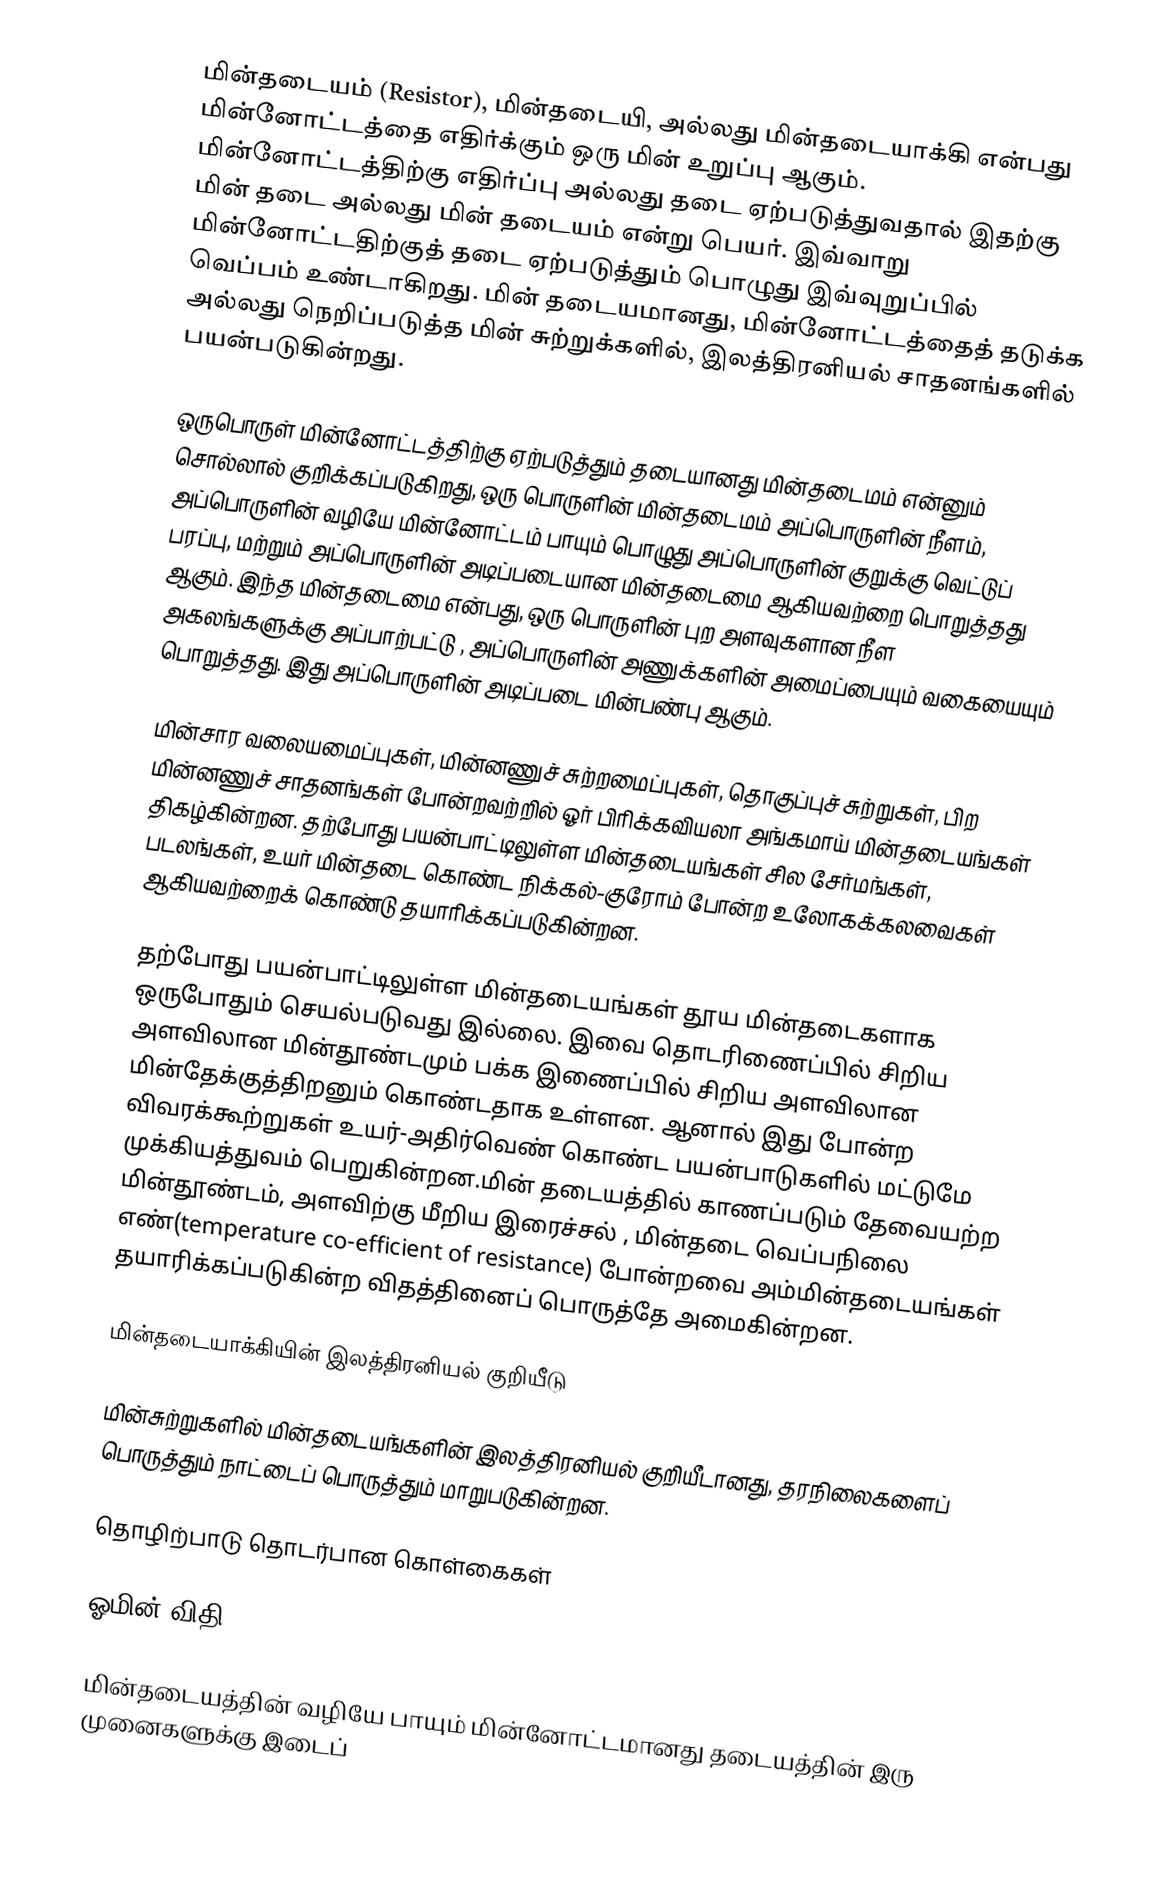
மின்தடையம் (Resistor), மின்தடையி,  அல்லது மின்தடையாக்கி என்பது மின்னோட்டத்தை எதிர்க்கும் ஒரு மின் உறுப்பு ஆகும். மின்னோட்டத்திற்கு எதிர்ப்பு அல்லது தடை ஏற்படுத்துவதால் இதற்கு மின் தடை அல்லது மின் தடையம் என்று பெயர். இவ்வாறு மின்னோட்டதிற்குத் தடை ஏற்படுத்தும் பொழுது இவ்வுறுப்பில் வெப்பம் உண்டாகிறது. மின் தடையமானது, மின்னோட்டத்தைத் தடுக்க அல்லது நெறிப்படுத்த மின் சுற்றுக்களில், இலத்திரனியல் சாதனங்களில் பயன்படுகின்றது.

ஒருபொருள் மின்னோட்டத்திற்கு ஏற்படுத்தும் தடையானது மின்தடைமம் என்னும் சொல்லால் குறிக்கப்படுகிறது, ஒரு பொருளின் மின்தடைமம் அப்பொருளின் நீளம், அப்பொருளின் வழியே மின்னோட்டம் பாயும் பொழுது அப்பொருளின் குறுக்கு வெட்டுப் பரப்பு, மற்றும் அப்பொருளின் அடிப்படையான மின்தடைமை ஆகியவற்றை பொறுத்தது ஆகும். இந்த மின்தடைமை என்பது, ஒரு பொருளின் புற அளவுகளான நீள அகலங்களுக்கு அப்பாற்பட்டு , அப்பொருளின் அணுக்களின் அமைப்பையும் வகையையும் பொறுத்தது. இது அப்பொருளின் அடிப்படை மின்பண்பு ஆகும்.

மின்சார வலையமைப்புகள், மின்னணுச் சுற்றமைப்புகள், தொகுப்புச் சுற்றுகள், பிற மின்னணுச் சாதனங்கள் போன்றவற்றில் ஓர் பிரிக்கவியலா அங்கமாய் மின்தடையங்கள் திகழ்கின்றன. தற்போது பயன்பாட்டிலுள்ள மின்தடையங்கள் சில சேர்மங்கள், படலங்கள், உயர் மின்தடை கொண்ட நிக்கல்-குரோம் போன்ற உலோகக்கலவைகள் ஆகியவற்றைக் கொண்டு தயாரிக்கப்படுகின்றன.

தற்போது பயன்பாட்டிலுள்ள மின்தடையங்கள் தூய மின்தடைகளாக ஒருபோதும் செயல்படுவது இல்லை. இவை தொடரிணைப்பில் சிறிய அளவிலான மின்தூண்டமும் பக்க இணைப்பில் சிறிய அளவிலான மின்தேக்குத்திறனும் கொண்டதாக உள்ளன. ஆனால் இது போன்ற விவரக்கூற்றுகள் உயர்-அதிர்வெண் கொண்ட பயன்பாடுகளில் மட்டுமே முக்கியத்துவம் பெறுகின்றன.மின் தடையத்தில் காணப்படும் தேவையற்ற மின்தூண்டம், அளவிற்கு மீறிய இரைச்சல் , மின்தடை வெப்பநிலை எண்(temperature co-efficient of resistance) போன்றவை அம்மின்தடையங்கள் தயாரிக்கப்படுகின்ற விதத்தினைப் பொருத்தே அமைகின்றன.

மின்தடையாக்கியின் இலத்திரனியல் குறியீடு

மின்சுற்றுகளில் மின்தடையங்களின் இலத்திரனியல் குறியீடானது,  தரநிலைகளைப் பொருத்தும் நாட்டைப் பொருத்தும் மாறுபடுகின்றன.

தொழிற்பாடு தொடர்பான கொள்கைகள்

ஓமின் விதி

மின்தடையத்தின் வழியே பாயும் மின்னோட்டமானது தடையத்தின் இரு முனைகளுக்கு இடைப்